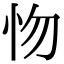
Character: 𢗘